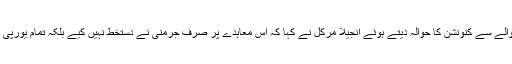
جینیوا کنونشن کے مہاجرین کے حوالے سے کنونشن کا حوالہ دیتے ہوئے انجیلا مرکل نے کہا کہ اس معاہدے پر صرف جرمنی نے دستخط نہیں کیے بلکہ تمام یورپی ممالک نے اس پر دستخط کیے ہیں۔